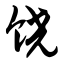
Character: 饶